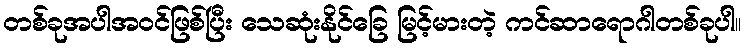
တစ်ခုအပါအဝင်ဖြစ်ပြီး သေဆုံးနိုင်ခြေ မြင့်မားတဲ့ ကင်ဆာရောဂါတစ်ခုပါ။